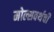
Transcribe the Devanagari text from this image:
मोल्सवर्थची